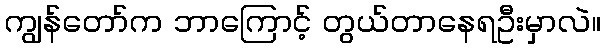
ကျွန်တော်က ဘာကြောင့် တွယ်တာနေရဦးမှာလဲ။